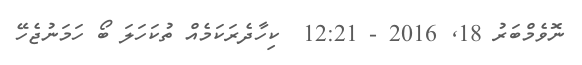
ނޮވެމްބަރު 18